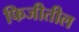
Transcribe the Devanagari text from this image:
फिजीतील